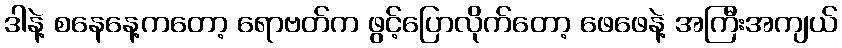
ဒါနဲ့ စနေနေ့ကတော့ ရောဗတ်က ဖွင့်ပြောလိုက်တော့ ဖေဖေနဲ့ အကြီးအကျယ်